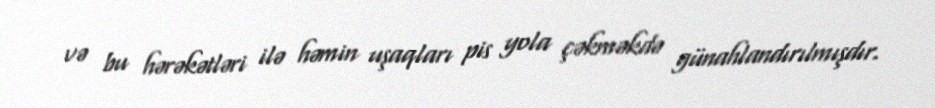
və bu hərəkətləri ilə həmin uşaqları pis yola çəkməkdə günahlandırılmışdır.